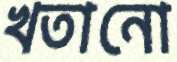
খতানো